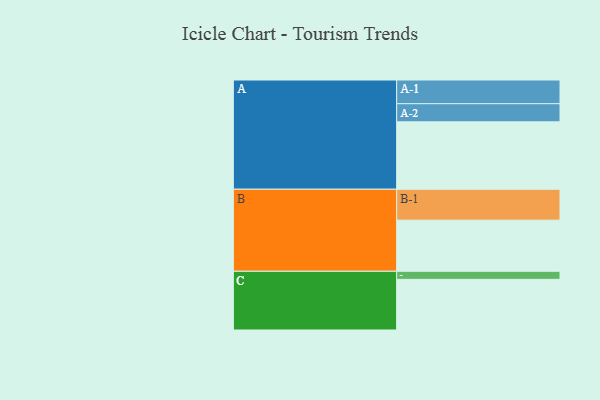
{"axis": {"x": "Segment", "y": "Value"}, "legend": ["", "A", "B", "C"], "data": [{"x": "A", "y": 543, "type": ""}, {"x": "B", "y": 412, "type": ""}, {"x": "C", "y": 408, "type": ""}, {"x": "A-1", "y": 191, "type": "A"}, {"x": "A-2", "y": 146, "type": "A"}, {"x": "B-1", "y": 249, "type": "B"}, {"x": "C-1", "y": 65, "type": "C"}]}